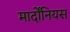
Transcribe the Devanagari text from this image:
मार्दोंनियस